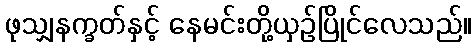
ဖုသျှနက္ခတ်နှင့် နေမင်းတို့ယှဉ်ပြိုင်လေသည်။